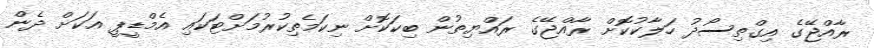
ރާއްޖޭގެ އިގްތިސޯދު ހަލާކުކޮށް ރާއްޖޭގެ ރައްޔިތުން ބިކަކޮށް ނިކަމެތިކުރުމަށްޓަކައި އެމްޑީޕީ އަކަށް ދެން